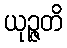
ယုဉ္ဇတိ